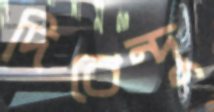
দিবেন্দু